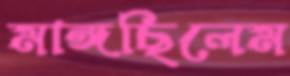
মাঙ্গছিলেম